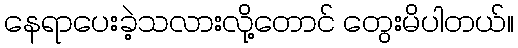
နေရာပေးခဲ့သလားလို့တောင် တွေးမိပါတယ်။